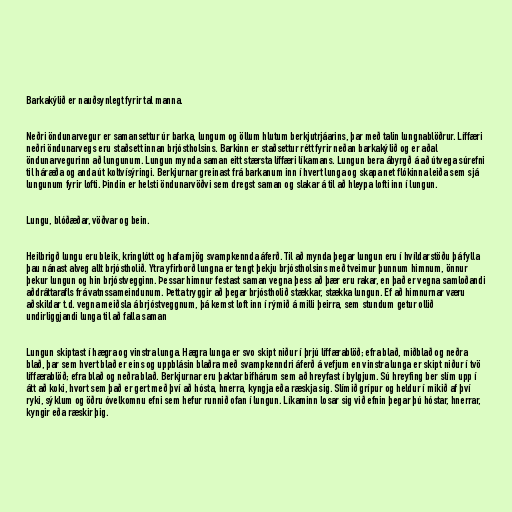
Barkakýlið er nauðsynlegt fyrir tal manna.

Neðri öndunarvegur er samansettur úr barka, lungum og öllum hlutum berkjutrjáarins, þar með talin lungnablöðrur. Líffæri
neðri öndunarvegs eru staðsett innan brjóstholsins. Barkinn er staðsettur rétt fyrir neðan barkakýlið og er aðal
öndunarvegurinn að lungunum. Lungun mynda saman eitt stærsta líffæri líkamans. Lungun bera ábyrgð á að útvega súrefni
til háræða og anda út koltvísýringi. Berkjurnar greinast frá barkanum inn í hvert lunga og skapa net flókinna leiða sem sjá
lungunum fyrir lofti. Þindin er helsti öndunarvöðvi sem dregst saman og slakar á til að hleypa lofti inn í lungun.

Lungu, blóðæðar, vöðvar og bein.

Heilbrigð lungu eru bleik, kringlótt og hafa mjög svampkennda áferð. Til að mynda þegar lungun eru í hvíldarstöðu þá fylla
þau nánast alveg allt brjóstholið. Ytra yfirborð lungna er tengt þekju brjóstholsins með tveimur þunnum himnum, önnur
þekur lungun og hin brjóstvegginn. Þessar himnur festast saman vegna þess að þær eru rakar, en það er vegna samloðandi
aðdráttarafls frá vatnssameindunum. Þetta tryggir að þegar brjóstholið stækkar, stækka lungun. Ef að himnurnar væru
aðskildar t.d. vegna meiðsla á brjóstveggnum, þá kemst loft inn í rýmið á milli þeirra, sem stundum getur ollið
undirliggjandi lunga til að falla saman

Lungun skiptast í hægra og vinstra lunga. Hægra lunga er svo skipt niður í þrjú líffærablöð; efra blað, miðblað og neðra
blað, þar sem hvert blað er eins og uppblásin blaðra með svampkenndri áferð á vefjum en vinstra lunga er skipt niður í tvö
líffærablöð; efra blað og neðra blað. Berkjurnar eru þaktar bifhárum sem að hreyfast í bylgjum. Sú hreyfing ber slím upp í
átt að koki, hvort sem það er gert með því að hósta, hnerra, kyngja eða ræskja sig. Slímið grípur og heldur í mikið af því
ryki, sýklum og öðru óvelkomnu efni sem hefur runnið ofan í lungun. Líkaminn losar sig við efnin þegar þú hóstar, hnerrar,
kyngir eða ræskir þig.